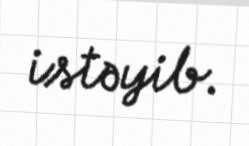
istəyib.